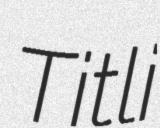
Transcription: Titli